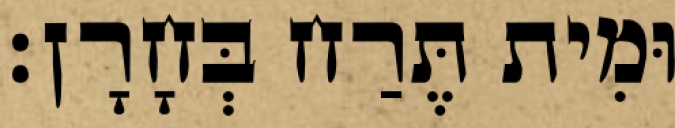
וּמִית תֶּרַח בְּחָרָן׃